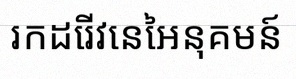
រកដេរីវេនៃអនុគមន៍